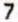
7